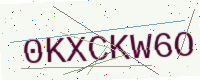
Text: 0KXCKW6O